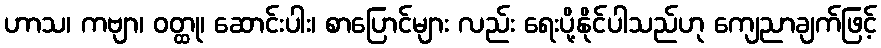
ဟာသ၊ ကဗျာ၊ ဝတ္ထု၊ ဆောင်းပါး၊ စာပြောင်များ လည်း ရေးပို့နိုင်ပါသည်ဟု ကျေညာချက်ဖြင့်